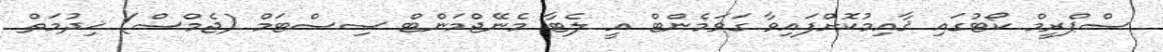
ސްޕްރީމް ކޯޓުގައި ޤާއިމުކޮށްފައިވާ ގަވަމެންޓް އީ ލެޓާ މެނޭޖްމަންޓް ސިސްޓަމް (ޖެމްސް) ޚިދުމަތް